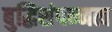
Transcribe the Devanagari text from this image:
बुद्धिसंपन्नत्व